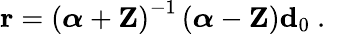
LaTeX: \mathbf{r}=\left(\boldsymbol{\alpha}+\mathbf{Z}\right)^{-1}\left(\boldsymbol{\alpha}-\mathbf{Z}\right)\mathbf{d}_{0}\mathrm{~.~}